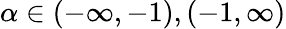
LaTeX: \alpha\in(-\infty,-1),(-1,\infty)